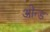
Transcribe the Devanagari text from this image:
ओन्ड